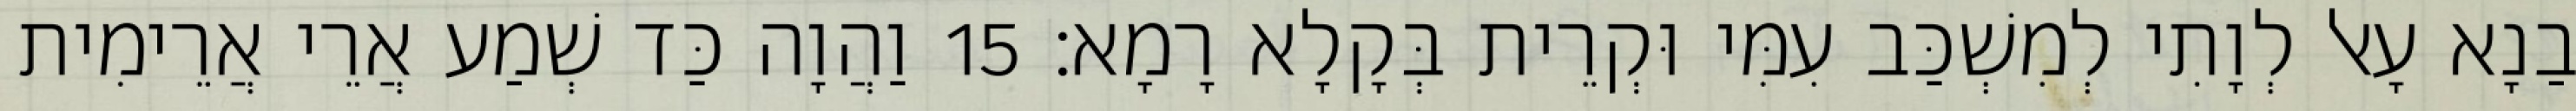
בַנָא עָאל לְוָתִי לְמִשְׁכַּב עִמִּי וּקְרֵית בְּקָלָא רָמָא׃ 15 וַהֲוָה כַּד שְׁמַע אֲרֵי אֲרֵימִית